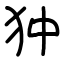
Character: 狆